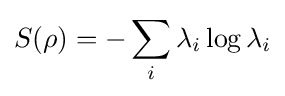
S(\rho )=-\sum _{i}\lambda _{i}\log \lambda _{i}